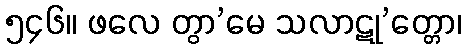
၅၄၆။ ဖလေ တွာ’မေ သလာဋု’တ္တော၊